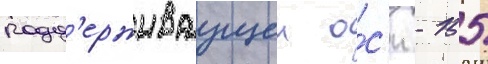
подд'ерживаущеи о́с'и - 155